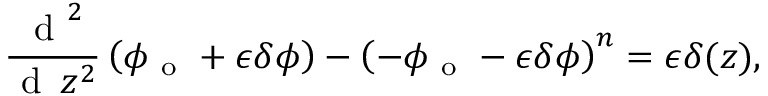
\frac { \mathrm { ~ d ~ } ^ { 2 } } { \mathrm { ~ d ~ } \, z ^ { 2 } } \left( \phi _ { \mathrm { ~ o ~ } } + \epsilon \delta \phi \right) - \left( - \phi _ { \mathrm { ~ o ~ } } - \epsilon \delta \phi \right) ^ { n } = \epsilon \delta ( z ) ,